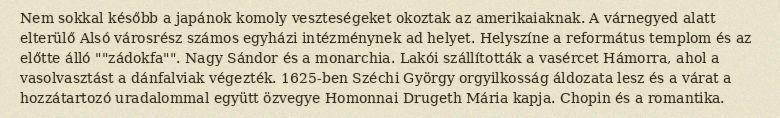
Nem sokkal később a japánok komoly veszteségeket okoztak az amerikaiaknak. A várnegyed alatt elterülő Alsó városrész számos egyházi intézménynek ad helyet. Helyszíne a református templom és az előtte álló ""zádokfa"". Nagy Sándor és a monarchia. Lakói szállították a vasércet Hámorra, ahol a vasolvasztást a dánfalviak végezték. 1625-ben Széchi György orgyilkosság áldozata lesz és a várat a hozzátartozó uradalommal együtt özvegye Homonnai Drugeth Mária kapja. Chopin és a romantika.